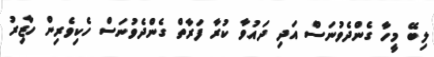
ލިބޭ މީހާ ގެންދެވުނަސް އަދި ދައުވާ ކުރާ ފަރާތް ގެންދެވުނަސް ހެކިވެރިން ހާޒިރު